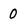
Character: 0